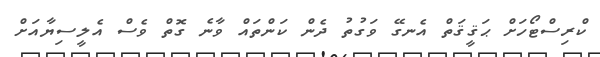
ކްރިސްޓޯހަށް ޙަޤީޤަތް އެނގޭ ވަގުތު ދެން ކަންތައް ވާނެ ގޮތް ވެސް އެލީސިޔާއަށް